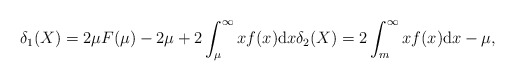
\begin{gather*}\delta_1(X)=2\mu F(\mu) - 2\mu + 2\int_{\mu}^{\infty}x f(x)\mathrm{d}x\delta_2(X)=2\int_{m}^{\infty}x f(x) \mathrm{d}x - \mu,\end{gather*}